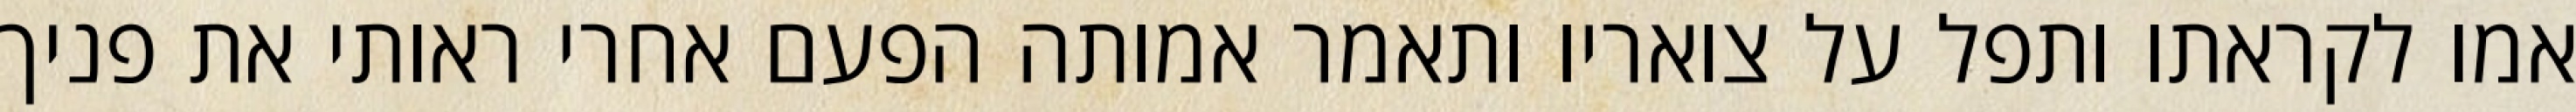
אמו לקראתו ותפל על צואריו ותאמר אמותה הפעם אחרי ראותי את פניך